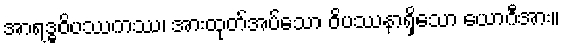
အာရဒ္ဓဝိပဿကဿ၊ အားထုတ်အပ်သော ဝိပဿနာရှိသော ယောဂီအား။